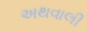
અથવાલી